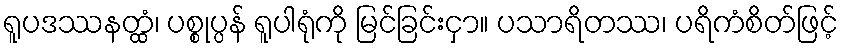
ရူပဒဿနတ္ထံ၊ ပစ္စုပ္ပန် ရူပါရုံကို မြင်ခြင်းငှာ။ ပသာရိတဿ၊ ပရိကံစိတ်ဖြင့်